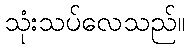
သုံးသပ်လေသည်။